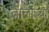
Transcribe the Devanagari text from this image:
तालांच्या